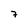
Character: 7